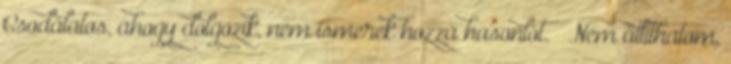
Csodálatos, ahogy dolgozik, nem ismerek hozzá hasonlót.” „Nem állíthatom,